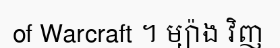
of Warcraft ។ ម្យ៉ាង វិញ